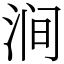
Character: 涧